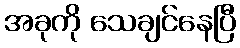
အခုကို သေချင်နေပြီ